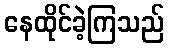
နေထိုင်ခဲ့ကြသည်